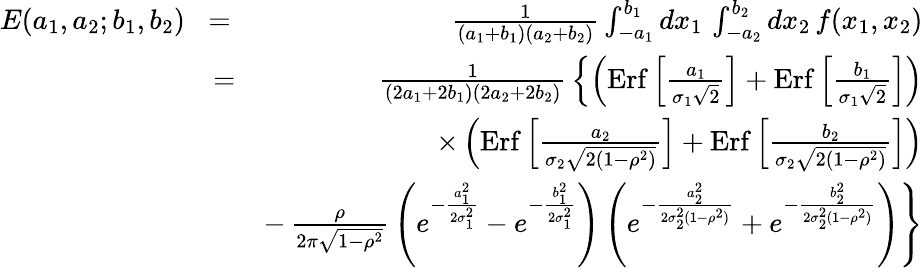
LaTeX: \begin{array}{rlr}{E(a_{1},a_{2};b_{1},b_{2})}&{\! =\! }&{{\frac{1}{(a_{1}+b_{1})(a_{2}+b_{2})}}\int_{-a_{1}}^{b_{1}}dx_{1}\, \int_{-a_{2}}^{b_{2}}dx_{2}\, f(x_{1},x_{2})}\\ &{=}&{{\frac{1}{(2a_{1}+2b_{1})(2a_{2}+2b_{2})}}\left\{ \left(\mathrm{Erf}\left[{\frac{a_{1}}{\sigma_{1}\sqrt 2}}\right]+\mathrm{Erf}\left[{\frac{b_{1}}{\sigma_{1}\sqrt 2}}\right]\right)\right.}\\ &{}&{\times\left(\mathrm{Erf}\left[{\frac{a_{2}}{\sigma_{2}\sqrt{2(1-\rho^{2})}}}\right]+\mathrm{Erf}\left[{\frac{b_{2}}{\sigma_{2}\sqrt{2(1-\rho^{2})}}}\right]\right)}\\ &{}&{\left.-\, {\frac{\rho}{2\pi\sqrt{1-\rho^{2}}}}\left(e^{-{\frac{a_{1}^{2}}{2\sigma_{1}^{2}}}}-e^{-{\frac{b_{1}^{2}}{2\sigma_{1}^{2}}}}\right)\left(e^{-{\frac{a_{2}^{2}}{2\sigma_{2}^{2}(1-\rho^{2})}}}+e^{-{\frac{b_{2}^{2}}{2\sigma_{2}^{2}(1-\rho^{2})}}}\right)\right\} }\end{array}